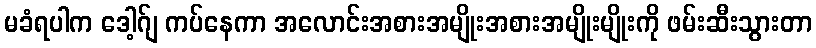
မခံရပါက ဒေါ့ဂ်ျ ကပ်နေကာ အလောင်းအစားအမျိုးအစားအမျိုးမျိုးကို ဖမ်းဆီးသွားတာ